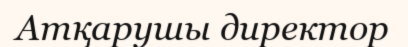
Атқарушы директор